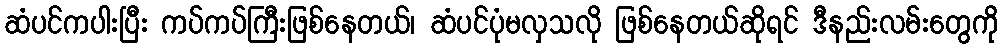
ဆံပင်ကပါးပြီး ကပ်ကပ်ကြီးဖြစ်နေတယ်၊ ဆံပင်ပုံမလှသလို ဖြစ်နေတယ်ဆိုရင် ဒီနည်းလမ်းတွေကို